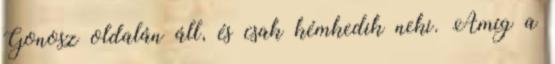
Gonosz oldalán áll, és csak kémkedik neki. Amíg a